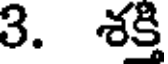
3. శక్తి